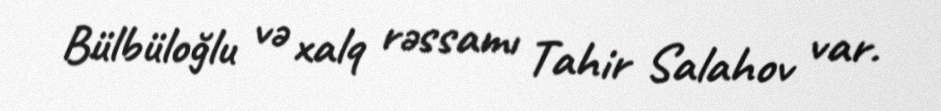
Bülbüloğlu və xalq rəssamı Tahir Salahov var.